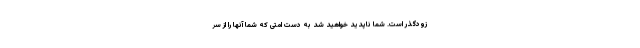
زودگذر است. شما ناپدید خواهید شد به دست امتی که شما آنها را از سر